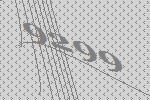
9299